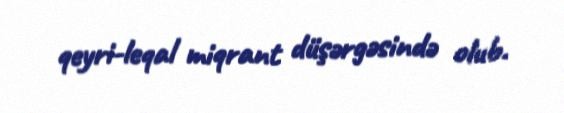
qeyri-leqal miqrant düşərgəsində olub.